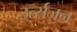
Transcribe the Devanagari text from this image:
उर्त्सजन